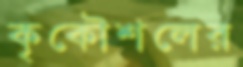
কৃকৌশলের